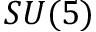
S U ( 5 )